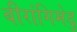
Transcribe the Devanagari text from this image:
बीरांगिमेडु